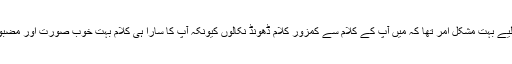
میرے لیے بہت مشکل امر تھا کہ میں آپ کے کلام سے کمزور کلام ڈھونڈ نکالوں کیونکہ آپ کا سارا ہی کلام بہت خوب صورت اور مضبوط ہے۔